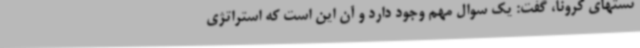
تستهای کرونا، گفت: یک سوال مهم وجود دارد و آن این است که استراتژی